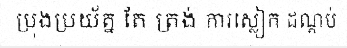
ប្រុងប្រយ័ត្ន តែ ត្រង់ ការស្លៀក ដណ្តប់